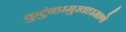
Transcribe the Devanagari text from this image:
कुटुंबप्रमुखाप्रमाणे